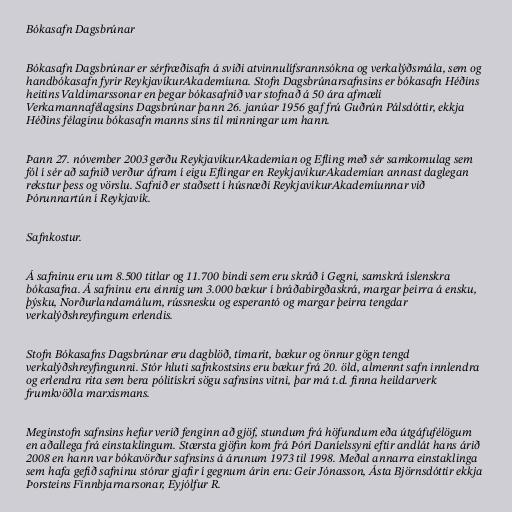
Bókasafn Dagsbrúnar

Bókasafn Dagsbrúnar er sérfræðisafn á sviði atvinnulífsrannsókna og verkalýðsmála, sem og
handbókasafn fyrir ReykjavíkurAkademíuna. Stofn Dagsbrúnarsafnsins er bókasafn Héðins
heitins Valdimarssonar en þegar bókasafnið var stofnað á 50 ára afmæli
Verkamannafélagsins Dagsbrúnar þann 26. janúar 1956 gaf frú Guðrún Pálsdóttir, ekkja
Héðins félaginu bókasafn manns síns til minningar um hann.

Þann 27. nóvember 2003 gerðu ReykjavíkurAkademían og Efling með sér samkomulag sem
fól í sér að safnið verður áfram í eigu Eflingar en ReykjavíkurAkademían annast daglegan
rekstur þess og vörslu. Safnið er staðsett í húsnæði ReykjavíkurAkademíunnar við
Þórunnartún í Reykjavík.

Safnkostur.

Á safninu eru um 8.500 titlar og 11.700 bindi sem eru skráð í Gegni, samskrá íslenskra
bókasafna. Á safninu eru einnig um 3.000 bækur í bráðabirgðaskrá, margar þeirra á ensku,
þýsku, Norðurlandamálum, rússnesku og esperantó og margar þeirra tengdar
verkalýðshreyfingum erlendis.

Stofn Bókasafns Dagsbrúnar eru dagblöð, tímarit, bækur og önnur gögn tengd
verkalýðshreyfingunni. Stór hluti safnkostsins eru bækur frá 20. öld, almennt safn innlendra
og erlendra rita sem bera pólitískri sögu safnsins vitni, þar má t.d. finna heildarverk
frumkvöðla marxismans.

Meginstofn safnsins hefur verið fenginn að gjöf, stundum frá höfundum eða útgáfufélögum
en aðallega frá einstaklingum. Stærsta gjöfin kom frá Þóri Daníelssyni eftir andlát hans árið
2008 en hann var bókavörður safnsins á árunum 1973 til 1998. Meðal annarra einstaklinga
sem hafa gefið safninu stórar gjafir í gegnum árin eru: Geir Jónasson, Ásta Björnsdóttir ekkja
Þorsteins Finnbjarnarsonar, Eyjólfur R.